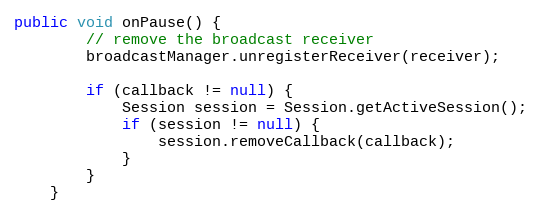
Language: Java
public void onPause() {
        // remove the broadcast receiver
        broadcastManager.unregisterReceiver(receiver);

        if (callback != null) {
            Session session = Session.getActiveSession();
            if (session != null) {
                session.removeCallback(callback);
            }
        }
    }